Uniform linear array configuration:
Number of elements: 4
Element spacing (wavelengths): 0.75
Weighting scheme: binomial
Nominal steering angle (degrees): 15
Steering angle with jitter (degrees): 16.874
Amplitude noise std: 0.05
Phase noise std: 0.05

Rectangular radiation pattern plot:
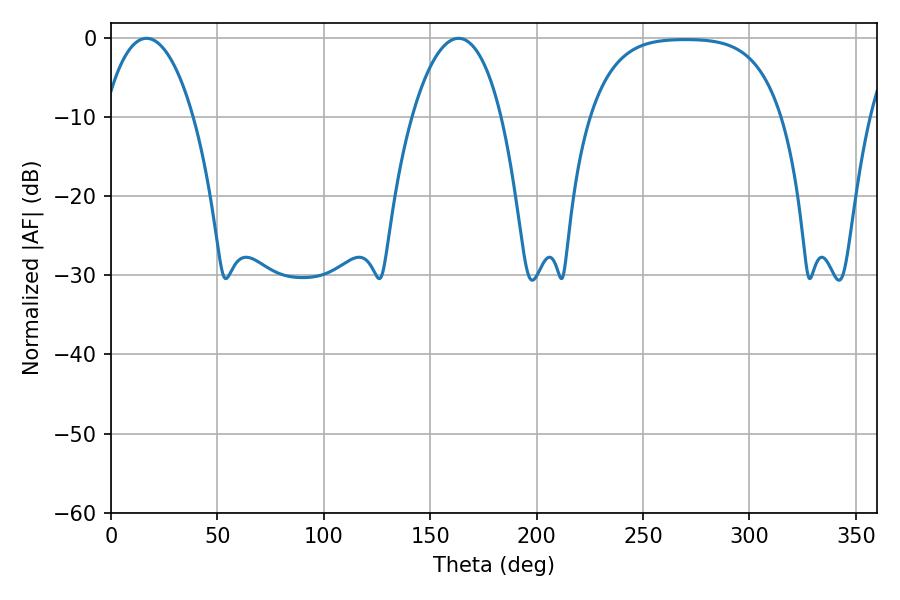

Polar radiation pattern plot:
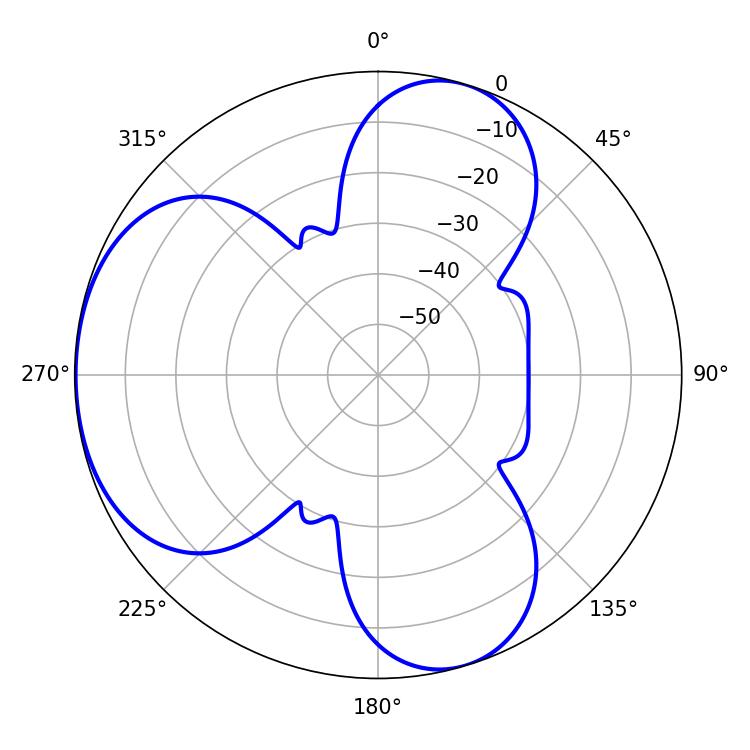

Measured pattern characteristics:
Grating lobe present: TRUE
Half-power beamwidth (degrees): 23.58
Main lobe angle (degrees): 16.74